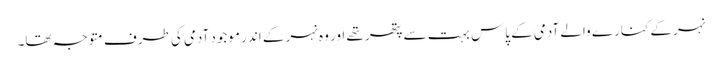
نہر کے کنارے والے آدمی کے پاس بہت سے پتھر تھے اور وہ نہر کے اندر موجود آدمی کی طرف متوجہ تھا۔